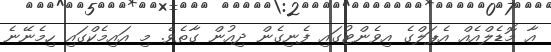
އާ މޮޑެލްއެއް އެޕަލްގެ އިވެންޓުގައި ފެނިގެން ދިއުން ގާތެވެ. މި އައިމެކްގައި ހިމެނޭނެ